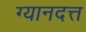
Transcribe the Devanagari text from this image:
ग्यानदत्त